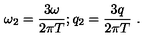
\omega _ { 2 } = \frac { 3 \omega } { 2 \pi T } ; q _ { 2 } = \frac { 3 q } { 2 \pi T } \ .